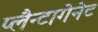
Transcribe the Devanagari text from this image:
प्लैन्टागेनेट